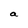
Character: a